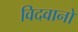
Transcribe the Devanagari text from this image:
विदवानो